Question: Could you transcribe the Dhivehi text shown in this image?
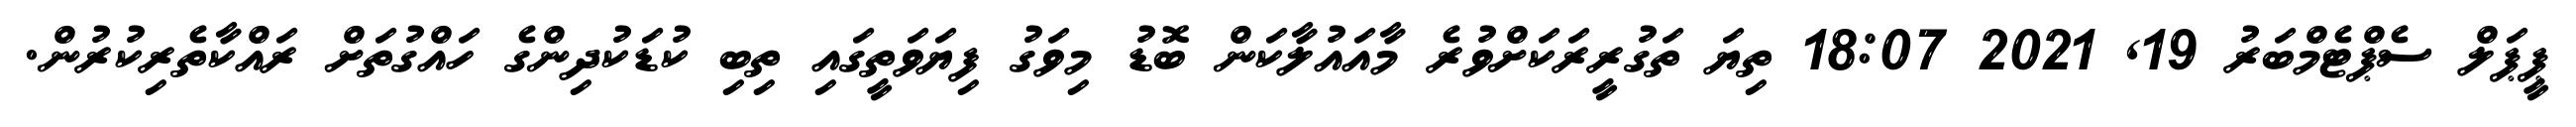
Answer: ޕީޕަލް ސެޕްޓެމްބަރު 19, 2021 18:07 ތިޔަ ތަގުރީރަކަށްވުރެ މާއައުލާކަން ބޮޑު މިވަގު ފިޔަވަތީގައި ތިބި ކުޑަކުދިންގެ ހައްގުތަށް ރައްކާތެރިކުރުން.